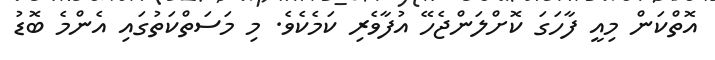
އޮތްކަން މިއީ ފާހަގަ ކޮށްލަންޖެހޭ އުފާވެރި ކަމެކެވެ. މި މަސަަތްކަތުގައި އެންމެ ބޮޑު